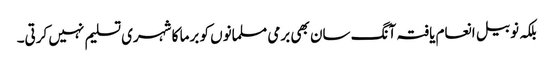
بلکہ نوبیل انعام یافتہ آنگ سان بھی برمی مسلمانوں کو برما کا شہری تسلیم نہیں کرتی۔